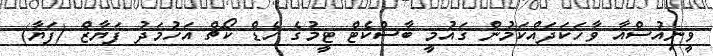
ވީނިއުސްއާ ވާހަކަދައްކަމުން ގައުމީ ބާސްކެޓް ޓީމުގެ ހެޑް ކޯޗް އަހުމަދު ފަޔާޒް (ފަޔާ)